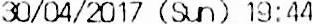
30/04/2017 (SUN) 19:44